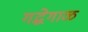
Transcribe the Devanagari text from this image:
गद्धेगाळ